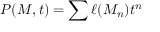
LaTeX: P ( M , t ) = \sum \ell ( M _ { n } ) t ^ { n }